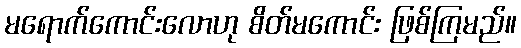
မရောက်ကောင်းလောဟု စိတ်မကောင်း ဖြစ်ကြမည်။